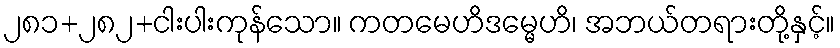
၂၈၁+၂၈၂+ငါးပါးကုန်သော။ ကတမေဟိဒမ္မေဟိ၊ အဘယ်တရားတို့နှင့်။